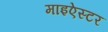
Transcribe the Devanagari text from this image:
माइऐस्टर